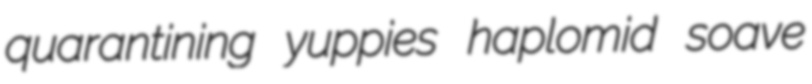
quarantining yuppies haplomid soave